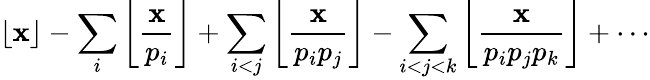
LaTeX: \lfloor\mathbf{x}\rfloor-\sum_{i}\left\lfloor{\frac{{\mathbf{x}}}{{p_{i}}}}\right\rfloor+\sum_{i<j}\left\lfloor{\frac{{\mathbf{x}}}{{p_{i}p_{j}}}}\right\rfloor-\sum_{i<j<k}\left\lfloor{\frac{{\mathbf{x}}}{{p_{i}p_{j}p_{k}}}}\right\rfloor+\cdots